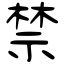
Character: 禁